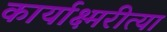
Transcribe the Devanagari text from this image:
कार्याक्ष्मरीत्या